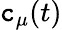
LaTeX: \mathtt{c}_{\mu}(t)